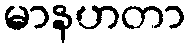
မာနဟတာ